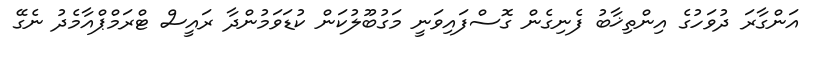
އަންގާރަ ދުވަހުގެ އިންތިޚާބު ފެނިގެން ގޮސްފައިވަނީ މަގުބޫލުކަން ކުޑަވަމުންދާ ރައީސް ޓްރަމްޕްއާމެދު ނެގޭ